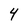
Character: 4